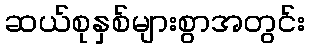
ဆယ်စုနှစ်များစွာအတွင်း